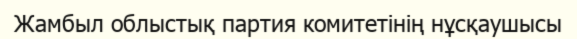
Жамбыл облыстық партия комитетінің нұсқаушысы